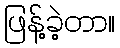
ဖြန့်ခဲ့တာ။